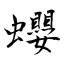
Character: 蠳